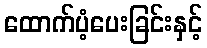
ထောက်ပံ့ပေးခြင်းနှင့်